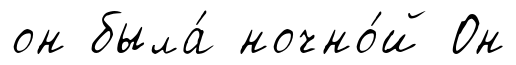
он была́ ночно́й Он